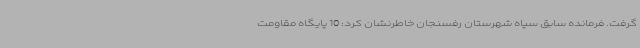
گرفت. فرمانده سابق سپاه شهرستان رفسنجان خاطرنشان کرد: 10 پایگاه مقاومت